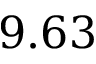
9 . 6 3